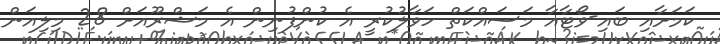
ކަމަށާއި ބައި-ވޯޓާއާ މަސައްކަތް ހަވާލުކުރީ އެ ކުންފުނިން އެ މަޝްރޫއަށް 28 މިލިއަން